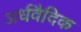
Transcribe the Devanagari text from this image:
अर्धवैदिक